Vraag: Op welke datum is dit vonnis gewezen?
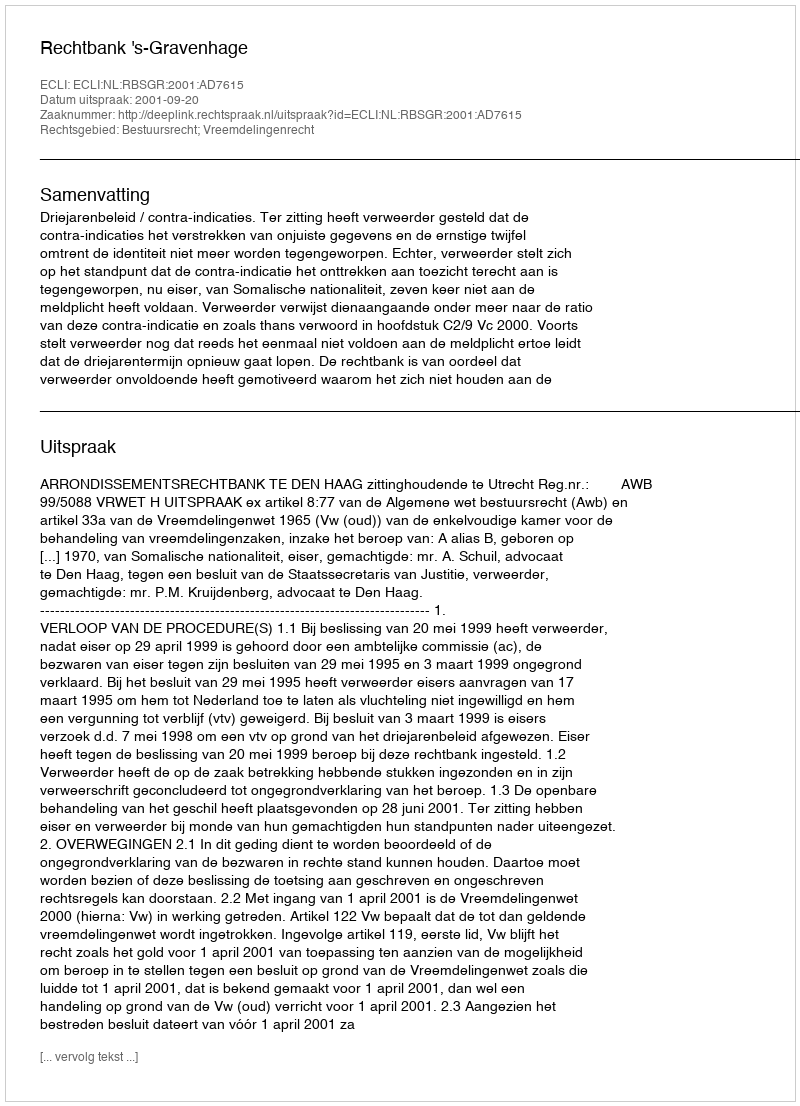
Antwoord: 2001-09-20